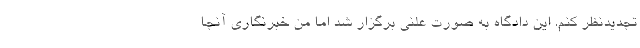
تجدیدنظر کنم. این دادگاه به صورت علنی برگزار شد اما من خبرنگاری آنجا